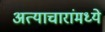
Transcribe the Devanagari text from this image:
अत्याचारांमध्ये